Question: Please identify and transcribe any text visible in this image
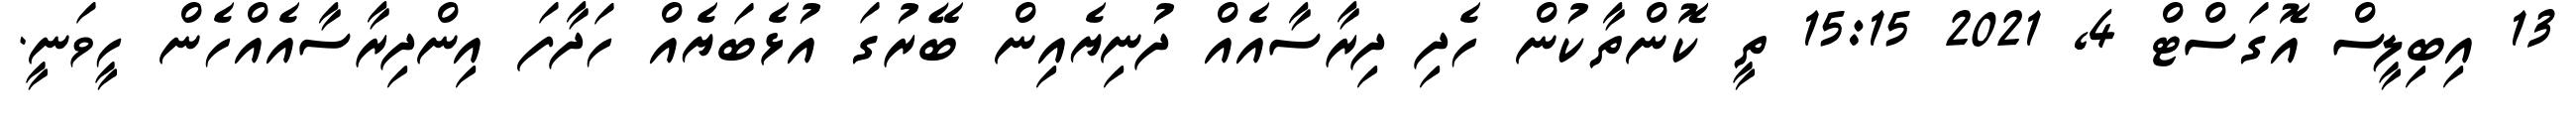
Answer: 13 އިބިލީސް އޮގަސްޓް 4, 2021 15:15 ތީ ކޮންތާކުން ހެދި ދިރާސާއެއް ދުނިޔެއިން ބޭރުގަ އުޅެބަޔެއް ހަދާފަ އިންދިރާސާއެއްހެން ހީވަނީ.